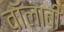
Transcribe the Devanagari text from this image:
वॉलाबी